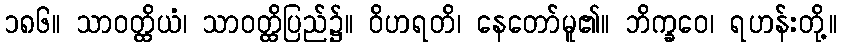
၁၈၆။ သာဝတ္ထိယံ၊ သာဝတ္ထိပြည်၌။ ဝိဟရတိ၊ နေတော်မူ၏။ ဘိက္ခဝေ၊ ရဟန်းတို့။